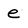
Character: e